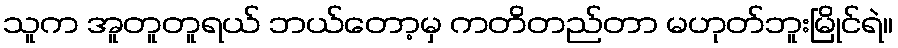
သူက အူတူတူရယ် ဘယ်တော့မှ ကတိတည်တာ မဟုတ်ဘူးမြိုင်ရဲ။